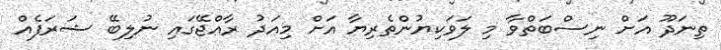
ތިނަދޫ އަށް ނިސްބަތްވާ މި ލަވަކިޔުންތެރިޔާ އަށް މިއަދު ރާއްޖޭގައި ނުލިބޭ ޝަރަފެއް